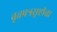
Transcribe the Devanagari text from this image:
वृत्तपत्रसृष्टीचा